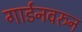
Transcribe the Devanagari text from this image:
गार्डनवरुन